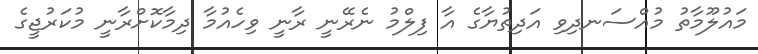
މައުލޫމާތު މުއްސަނދިވި އަދިތުޔާގެ އާ ފިލްމު ނެރޭނީ ރާނީ ވިހެއުމާ ދިމާކޮށްރާނީ މުކަރުޖީގެ